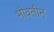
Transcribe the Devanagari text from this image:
भोवतीन